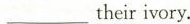
___their ivory.